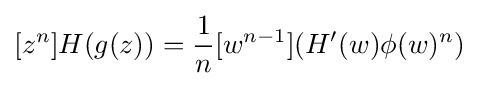
[z^{n}]H(g(z))={\frac {1}{n}}[w^{n-1}](H'(w)\phi (w)^{n})